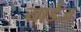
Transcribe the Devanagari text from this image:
यार्डेज